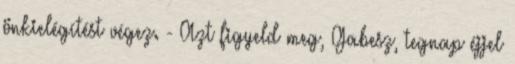
önkielégítést végez. - Azt figyeld meg, Gabesz, tegnap éjjel